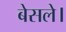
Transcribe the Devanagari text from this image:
बेसले।